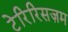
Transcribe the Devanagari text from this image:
टेरिरिसज़म